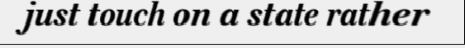
just touch on a state rather